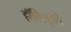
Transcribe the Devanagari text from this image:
हॉलिवूडचे